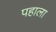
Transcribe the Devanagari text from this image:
पहाला